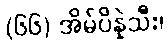
(၆၆) အိမ်ပိန္နဲသီး၊